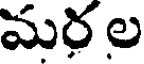
మరల